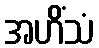
အဟိံသံ